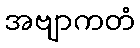
အဗျာကတံ